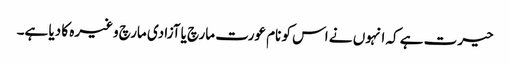
حیرت ہے کہ انہوں نے اس کو نام عورت مارچ یا آزادی مارچ وغیرہ کا دیا ہے۔